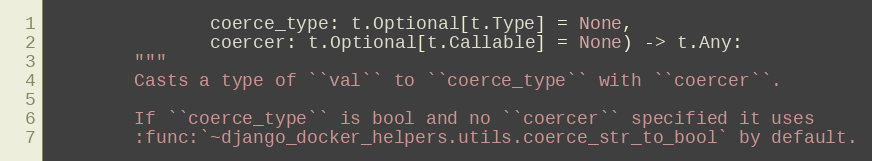
Language: Python
               coerce_type: t.Optional[t.Type] = None,
               coercer: t.Optional[t.Callable] = None) -> t.Any:
        """
        Casts a type of ``val`` to ``coerce_type`` with ``coercer``.

        If ``coerce_type`` is bool and no ``coercer`` specified it uses
        :func:`~django_docker_helpers.utils.coerce_str_to_bool` by default.